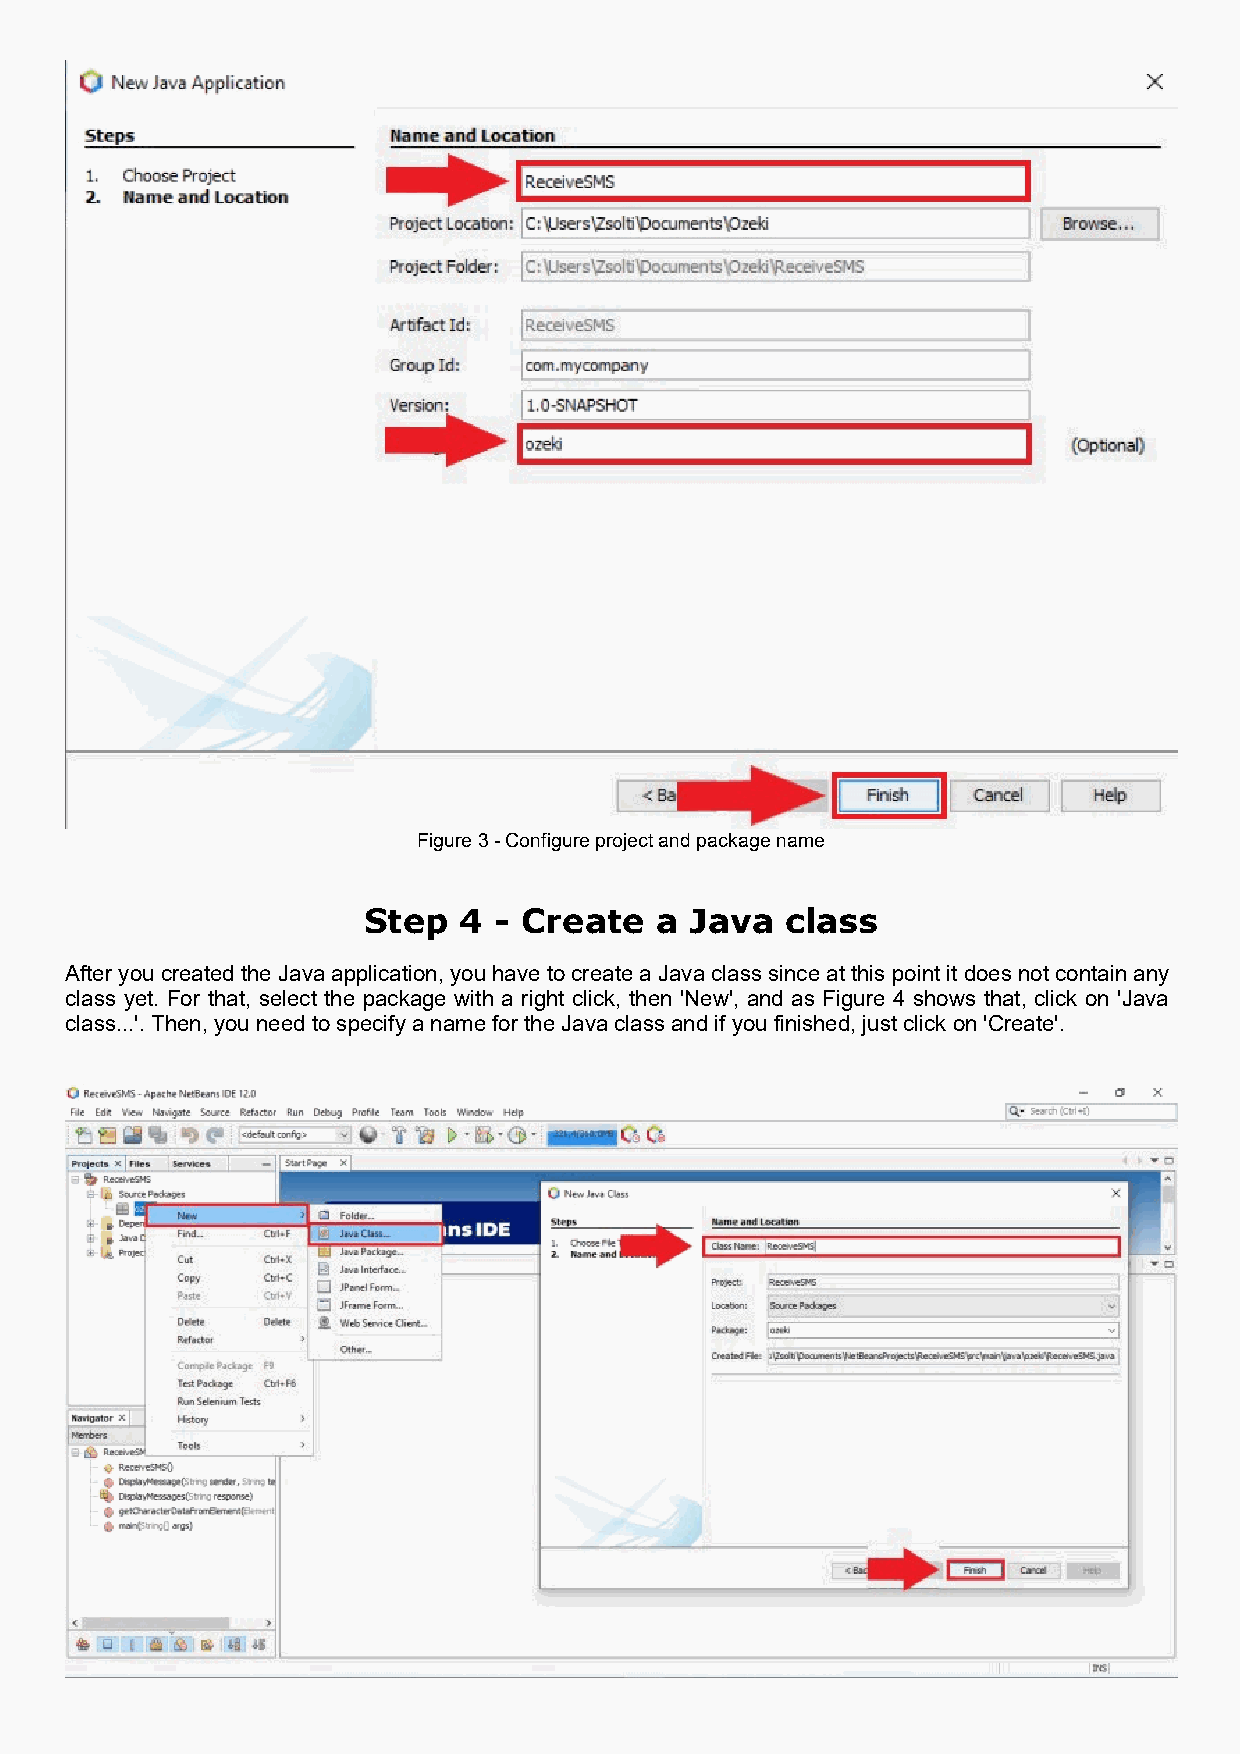
Figure 3 - Configure project and package name
 Step  4  - Create  a  Java  class
 After you created the Java application, you have to create a Java class since at this point it does not contain any
 class yet. For that, select the package with a right click, then 'New', and as Figure 4 shows that, click on 'Java
 class...'. Then, you need to specify a name for the Java class and if you finished, just click on 'Create'.